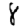
Digit: 8